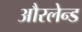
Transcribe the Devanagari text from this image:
औरलेन्ड